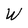
Character: W